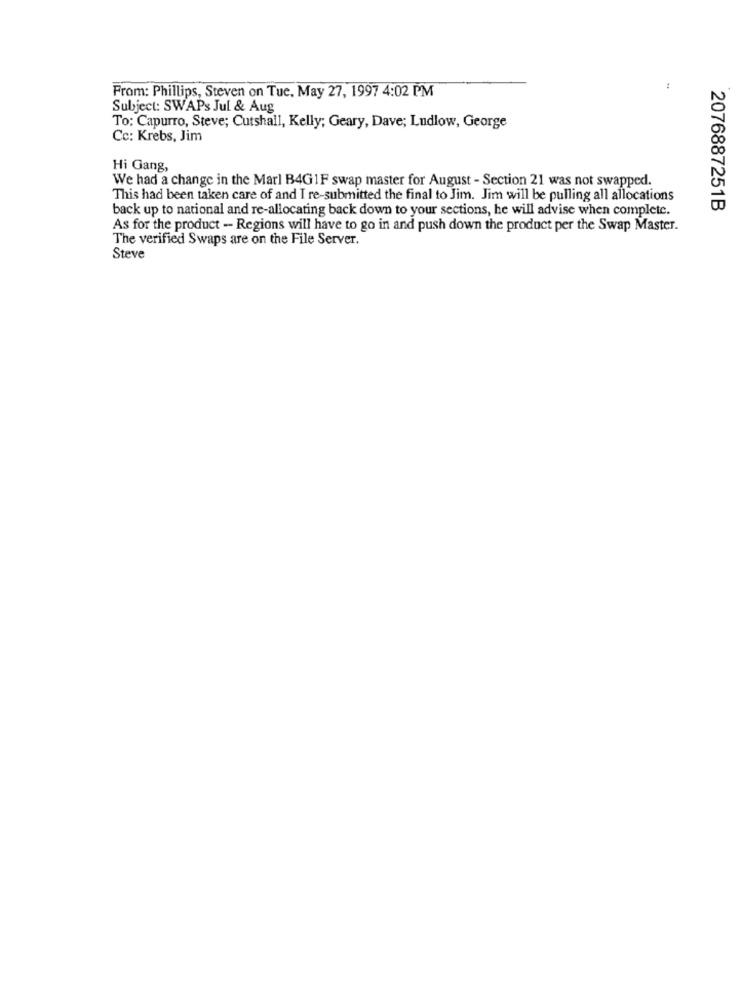
From: Phillips, Steven on Tue, May 27, 1997 4:02 PM
Subject: SWAPs Jul & Aug
To: Capurro, Steve; Cutshall, Kelly; Geary, Dave; Ludlow, George
Cc: Krebs, Jim
Hi Gang,
We had a change in the Marl B4GIF swap master for August - Section 21 was not swapped.
This had been taken care of and I re-submitted the final to Jim. Jim will be pulling all allocations
back up to national and re-allocating back down to your sections, he will advise when complete.
2076887251B
As for the product - Regions will have to go in and push down the product per the Swap Master.
The verified Swaps are on the File Server.
Steve